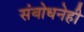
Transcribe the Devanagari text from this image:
संबोधनेही